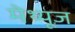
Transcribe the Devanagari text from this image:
मेथ्यूज